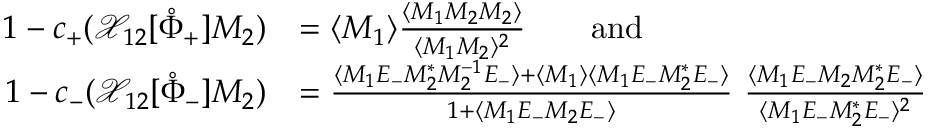
\begin{array} { r l } { 1 - c _ { + } ( \mathcal { X } _ { 1 2 } [ \mathring { \Phi } _ { + } ] M _ { 2 } ) } & { = \langle M _ { 1 } \rangle \frac { \langle M _ { 1 } M _ { 2 } M _ { 2 } \rangle } { \langle M _ { 1 } M _ { 2 } \rangle ^ { 2 } } \qquad \mathrm { a n d } } \\ { 1 - c _ { - } ( \mathcal { X } _ { 1 2 } [ \mathring { \Phi } _ { - } ] M _ { 2 } ) } & { = \frac { \langle M _ { 1 } E _ { - } M _ { 2 } ^ { * } M _ { 2 } ^ { - 1 } E _ { - } \rangle + \langle M _ { 1 } \rangle \langle M _ { 1 } E _ { - } M _ { 2 } ^ { * } E _ { - } \rangle } { 1 + \langle M _ { 1 } E _ { - } M _ { 2 } E _ { - } \rangle } \ \frac { \langle M _ { 1 } E _ { - } M _ { 2 } M _ { 2 } ^ { * } E _ { - } \rangle } { \langle M _ { 1 } E _ { - } M _ { 2 } ^ { * } E _ { - } \rangle ^ { 2 } } } \end{array}